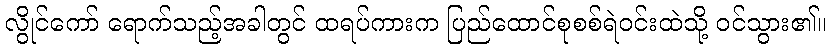
လွိုင်ကော် ရောက်သည့်အခါတွင် ထရပ်ကားက ပြည်ထောင်စုစစ်ရဲဝင်းထဲသို့ ဝင်သွား၏။